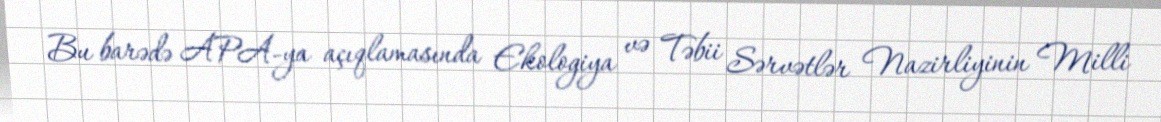
Bu barədə APA-ya açıqlamasında Ekologiya və Təbii Sərvətlər Nazirliyinin Milli